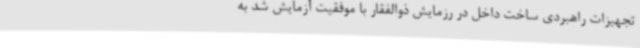
تجهیزات راهبردی ساخت داخل در رزمایش ذوالفقار با موفقیت آزمایش شد به